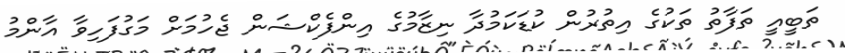
ތަބީއީ ތަފާތު ތަކުގެ އިތުރުން ކުޑަކަމުދާ ނިޒާމުގެ އިންފެކްޝަން ޖެހުމަށް މަގުފަހިވާ އާންމު